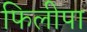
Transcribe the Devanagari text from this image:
फिलीपा